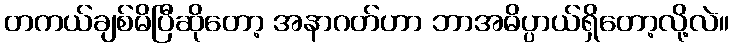
တကယ်ချစ်မိပြီဆိုတော့ အနာဂတ်ဟာ ဘာအဓိပ္ပာယ်ရှိတော့လို့လဲ။